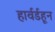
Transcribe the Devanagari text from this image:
हार्वर्डहून